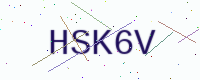
Text: HSK6V